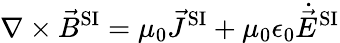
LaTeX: \nabla\times{\vec{B}}^{\mathrm{SI}}=\mu_{0}{\vec{J}}^{\mathrm{SI}}+\mu_{0}\epsilon_{0}{\dot{\vec{E}}}^{\mathrm{SI}}